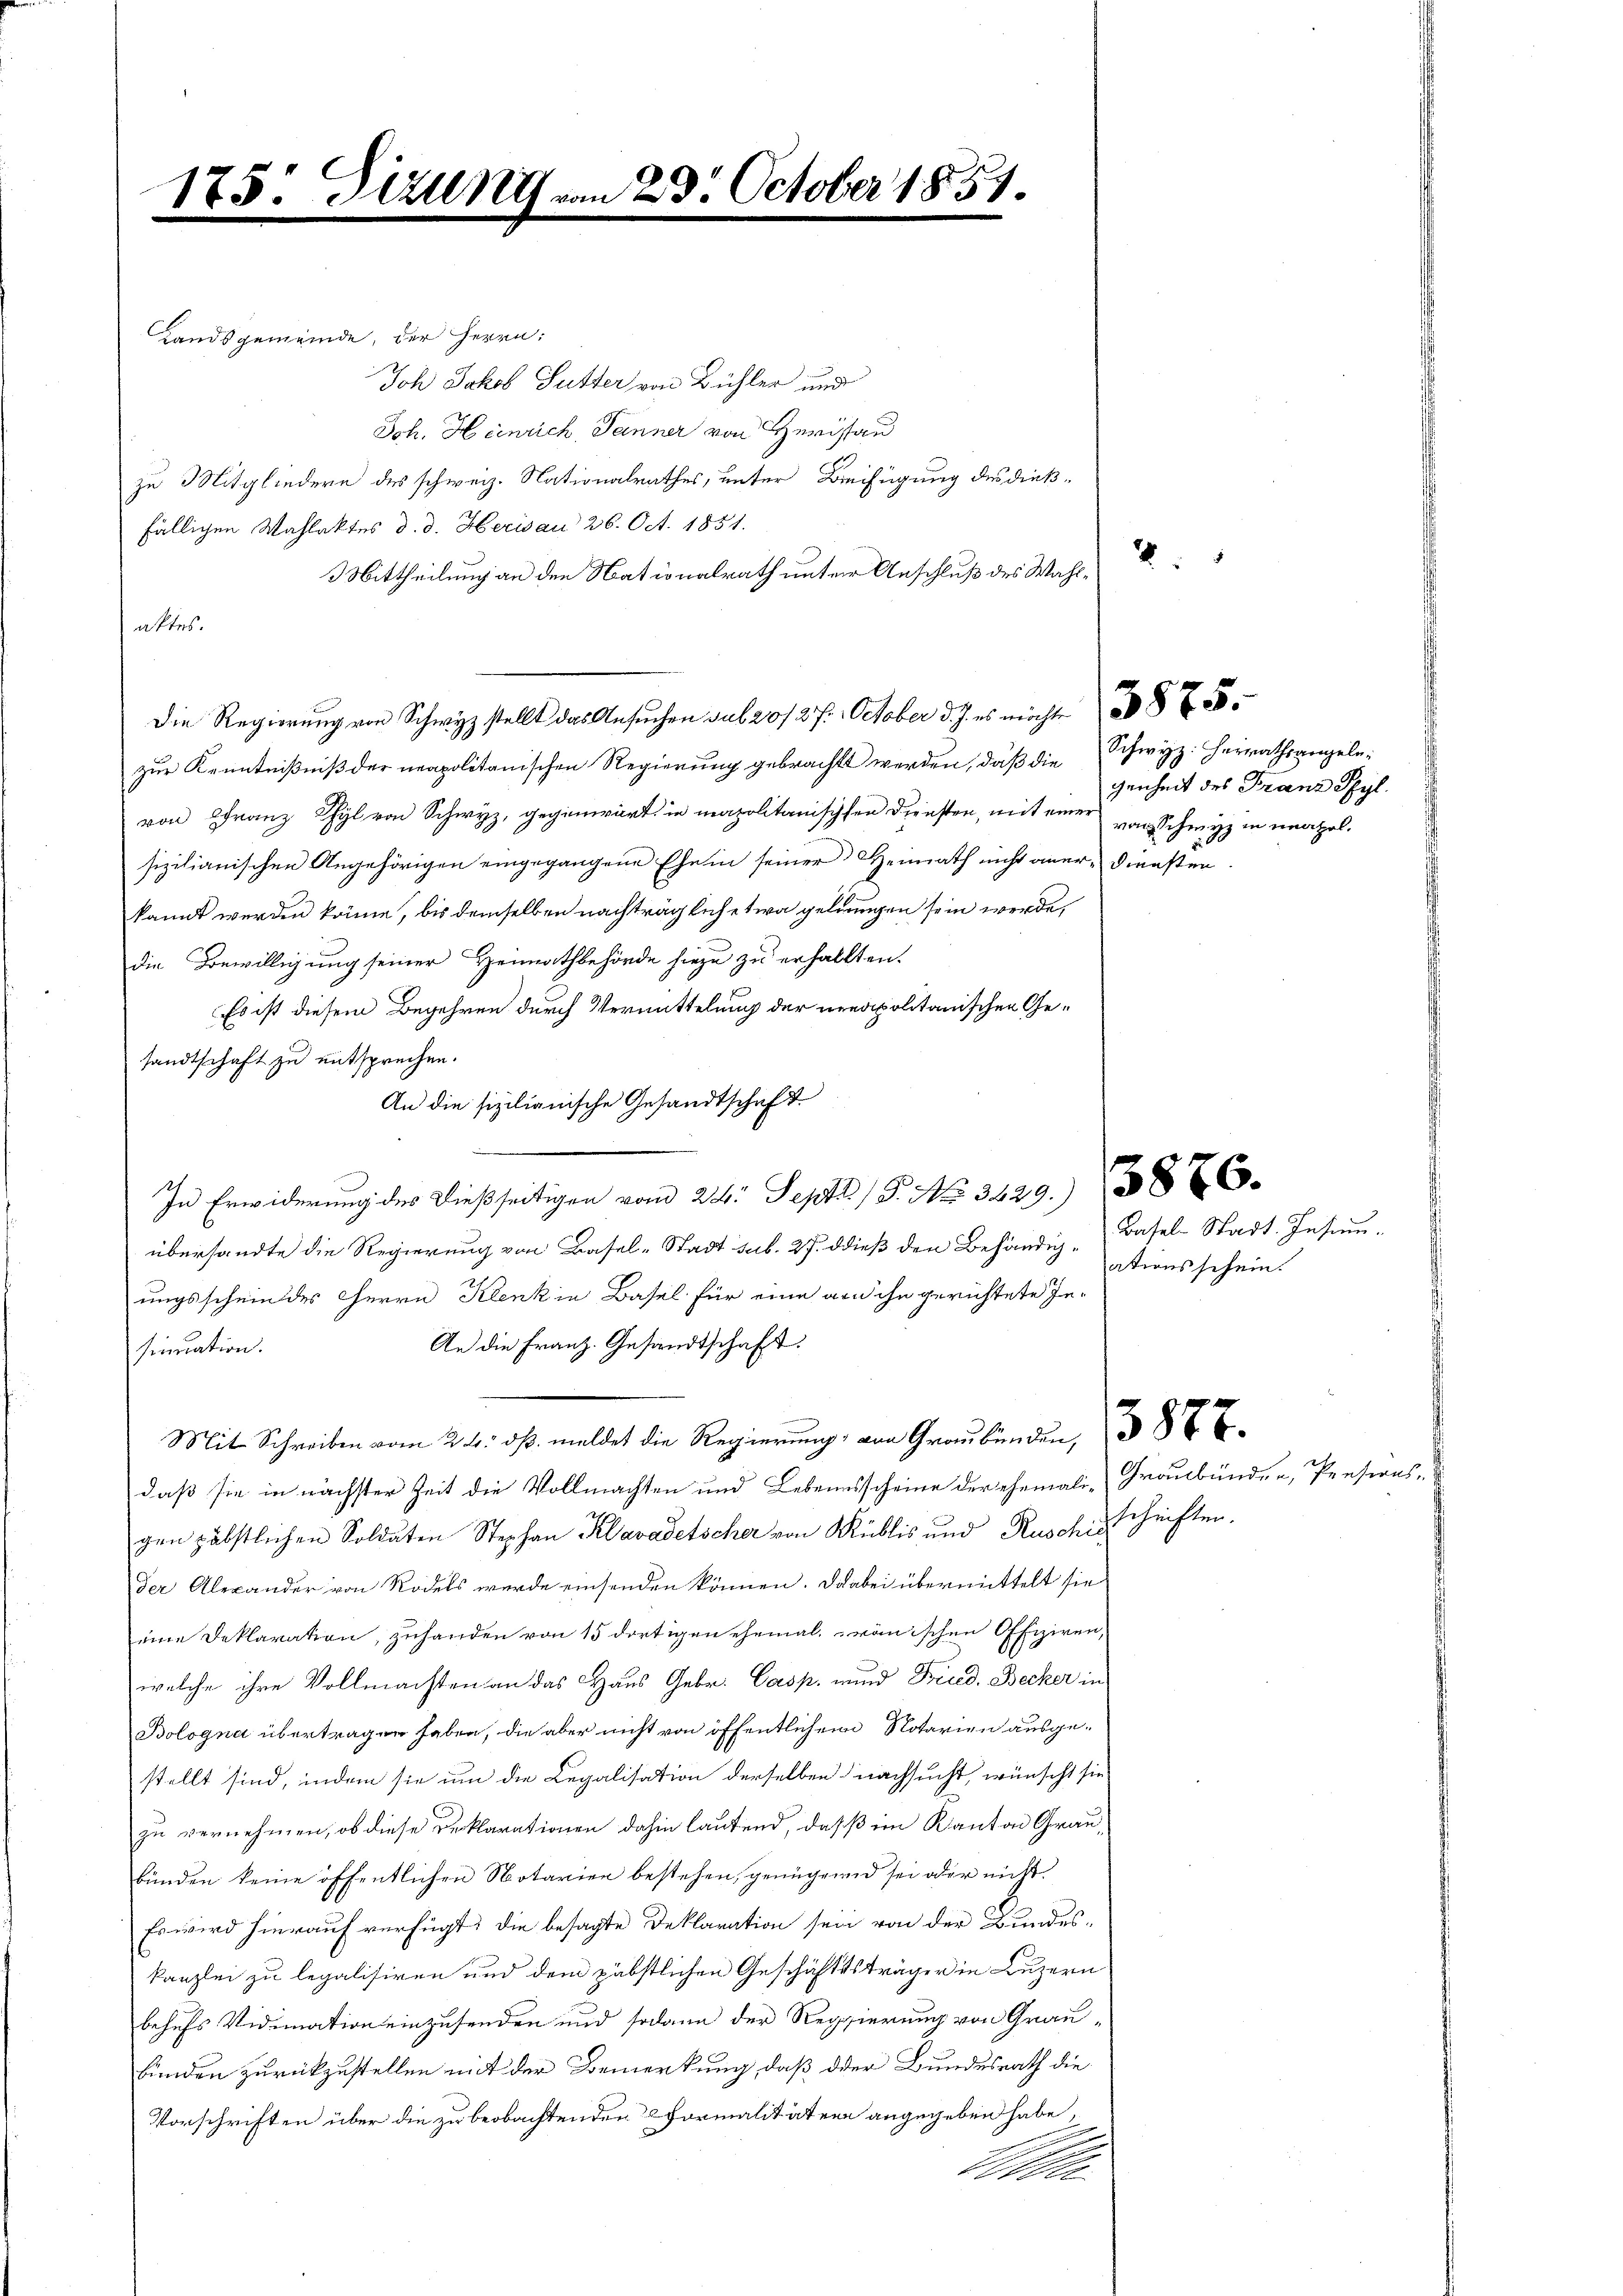
175: Sizung.

Landsgemeinde, der Herrn:
Joh Jakob Sutter von Bühler und
Joh. Heinrich, Tanner von Heristan
zu Mitgliedern des schweiz. Nationalrathes, unter Beifügung des dieß-
fälligen Wahlaktes d. d. Herisau 26. Oct. 1851.
2
Mittheilung an den Nationalrath unter Anschluß des Wahlaktes.
Die Regierung von Schwyz stellt das Ansuchen sub 20/27. October d. J. es möchte 38 f 55
zur Kenntnißniß der neapolitanischen Regierung gebracht werden, daß die Schwyz: Herrathsangele¬
Schy, gegenwart in mapolitanischen Diensten, mit einer vorschwyz in unapolsizilianischen Angehörigen eingegangene Ehe in seiner Heimath nicht aner-Diensten.
kannt werden könne, bis demselben nachträglich etwa gelungen sein werde,
die Bewilligung seiner Heimathbehörde hiezu zu erhallten.
Es ist diesem Begehren durch Vermittelung der neapolitanischen Gesandtschaft zu entsprechen.
An die sizilianische Gesandtschaft
In Erwiderŭng des dießseitigen vom 24. Sept. 19. No. 3429. 3876.
übersandte die Regierung von Basel-Stadt sub. 27. dieß den Behändigungsschein des Herrn Klenk in Basel für eine an ihn gerichtete Je¬
An die Franz. Gesandtschaft.
sinuation.
Mit Schreiben vom 24. dβ meldet die Regierung von Graubünden, 3 E
daß sie in nächster Zeit die Vollmachten und Lebensscheine der ehemali, Graubünden, Presions
gen päbstlichen Soldaten Stephan Klavadetscher von Müblis und Ruschisschriften.
der Alexander von Rodels wurde einsenden können. Dabei übermittelt sie
eine Deklaration, zuhanden von 15 dortigen ehemal ränischen Offiziren,
welche ihre Vollmachten an das Haus Gebr. Casp. und Frud. Becker in
Bologna übertragen haben, die aber nicht von öffentlichem Notarien ausge-
stellt sind, indem sie um die Legalisation derselben nachsucht, wünscht sie
zu vernehmen, ob diese Deklarationen dahin lautend, daß im Kanton Graubünden keine öffentlichen Notarien bestehen, genügend sei oder nicht.
Es wird hierauf verfügt, die besagte Deklaration sein von der Bundes-
kanzlei zu legalisiren und dem päbstlichen Geschäftssträger in Luzern
behufs Vidimation einzusenden und sodann der Regierung von Graubünden zurückzustellen mit der Bemerkung, daß der Bundesrath die
Vorschriften über die zu beobachtenden Formalitäten angegeben habe,
Ober

123. October 1851.

genheit des Franz Schyl.

Basel-Stadt. Insum.
ationsschein.